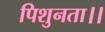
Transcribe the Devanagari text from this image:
पिशुनता।।